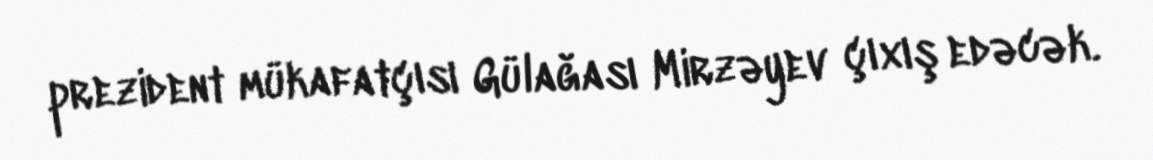
prezident mükafatçısı Gülağası Mirzəyev çıxış edəcək.